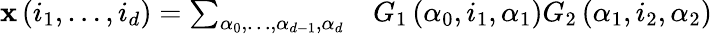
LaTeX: \begin{array}{rl}{\mathbf{x}\left(i_{1},\ldots,i_{d}\right)=\sum_{\alpha_{0},\ldots,\alpha_{d-1},\alpha_{d}}}&{{}G_{1}\left(\alpha_{0},i_{1},\alpha_{1}\right)G_{2}\left(\alpha_{1},i_{2},\alpha_{2}\right)}\end{array}